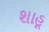
શાહૂ